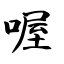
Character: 喔